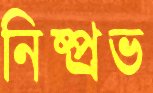
নিষ্প্র্রভ